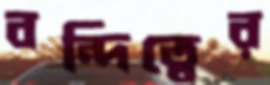
বন্দিত্বের